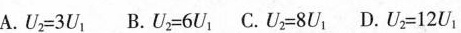
A.$$U _ { 2 } = 3 U _ { 1